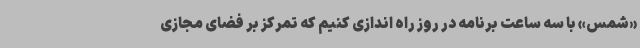
«شمس» با سه ساعت برنامه در روز راه اندازی کنیم که تمرکز بر فضای مجازی